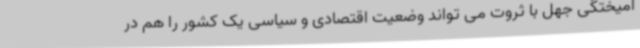
آمیختگی جهل با ثروت می تواند وضعیت اقتصادی و سیاسی یک کشور را هم در